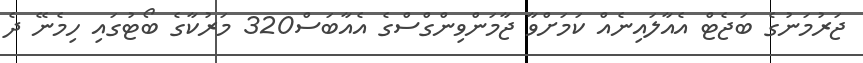
ޖަރުމަނުގެ ބަޖެޓް އެއާލައިނެއް ކަމަށްވާ ޖާމަންވިންގްސްގެ އެއާބަސް320 މަރުކާގެ ބޯޓުގައި ހިމެނޭ ދެ